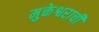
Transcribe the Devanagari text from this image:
मुक्तेश्वराची